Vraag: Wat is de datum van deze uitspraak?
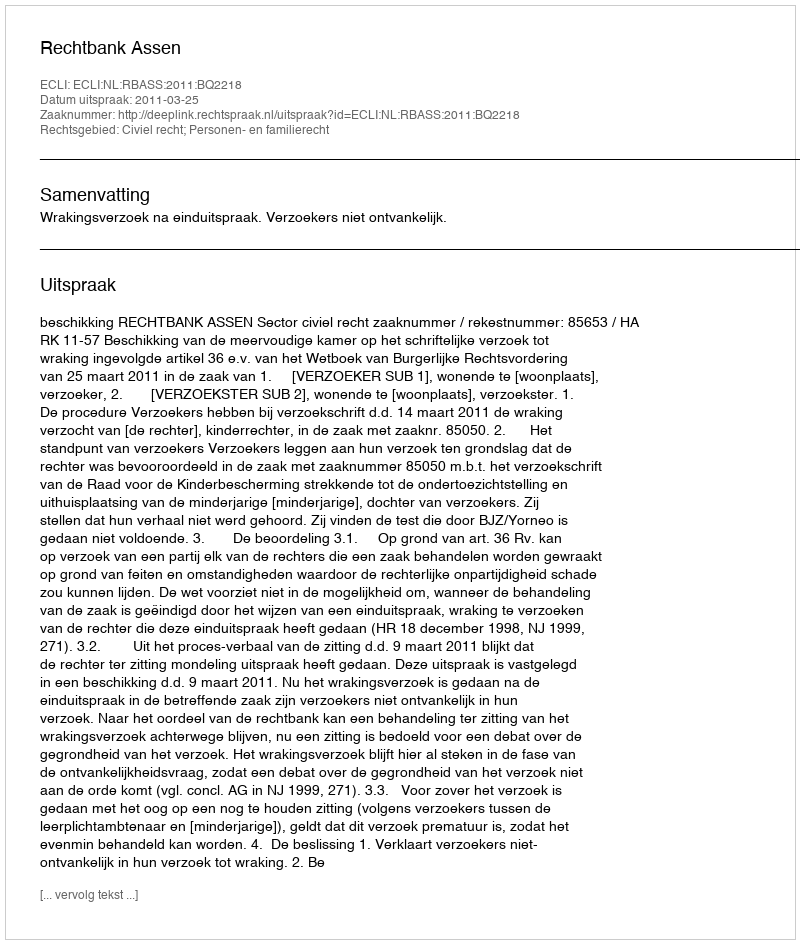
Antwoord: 2011-03-25